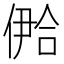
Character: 鿘